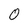
Character: 0